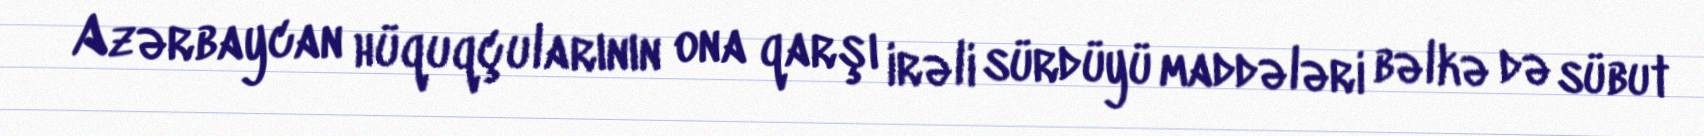
Azərbaycan hüquqçularının ona qarşı irəli sürdüyü maddələri bəlkə də sübut